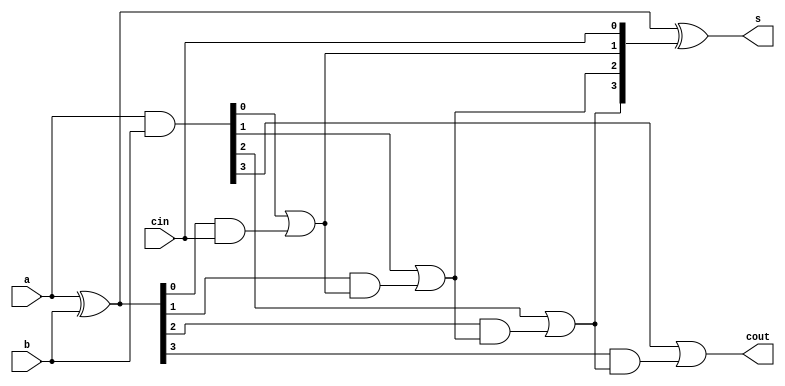
module four_bit_carryLookAhead_adder(s, cout, a, b, cin);
	
	
	input [3:0] a, b;
	input cin;
	output [3:0] s;
	output cout;
	
	wire [3:0] p, g, c;
	
	assign g = a&b;
	assign p = a^b;
	
	assign c[0] = cin;
	assign c[1] = g[0] | (p[0]&c[0]);
	assign c[2] = g[1] | (p[1]&c[1]);
	assign c[3] = g[2] | (p[2]&c[2]);
	assign cout = g[3] | (p[3]&c[3]);
	
	assign s = p^c;

endmodule